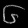
Digit: ၆